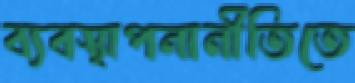
ব্যবস্থাপনানীতিতে